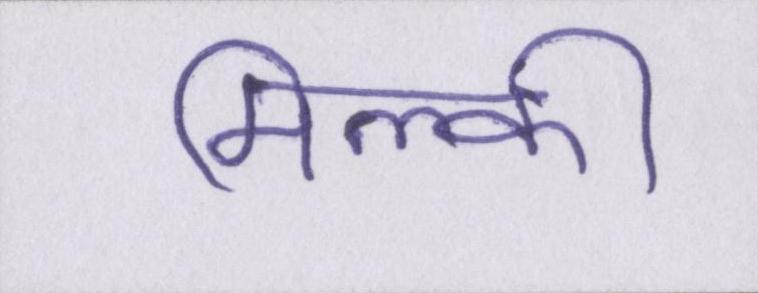
मिल्की